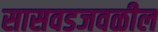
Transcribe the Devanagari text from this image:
सासवडजवळील